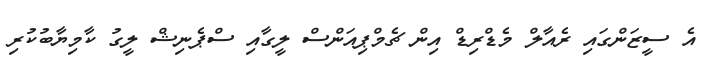
އެ ސީޒަންގައި ރެއާލް މެޑްރިޑް އިން ޗެމްޕިއަންސް ލީގާއި ސްޕެނިޝް ލީގު ކާމިޔާބުކުރި